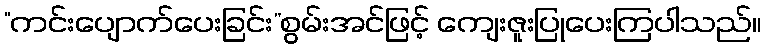
“ကင်းပျောက်ပေးခြင်း”စွမ်းအင်ဖြင့် ကျေးဇူးပြုပေးကြပါသည်။